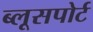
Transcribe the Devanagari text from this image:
ब्लूसपोर्ट